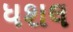
ધશલ